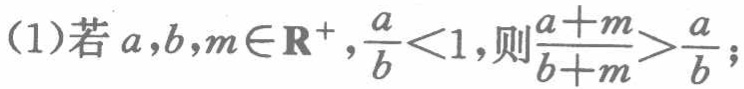
(1)若\(a,b,m\in\mathbf{R}^{+},\frac{a}{b}<1\),则\(\frac{a + m}{b + m}>\frac{a}{b}\);